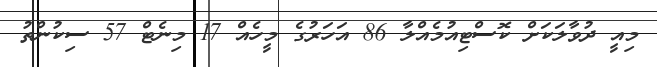
މިއީ ދުވާލަކަށް ކޮސްޓިއުމެއްލާ 86 އަހަރުގެ މީހެއް 17 މިނެޓް 57 ސިކުންތު